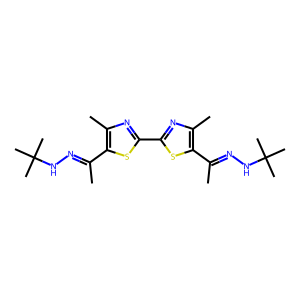
SMILES: CC(=NNC(C)(C)C)c1sc(-c2nc(C)c(C(C)=NNC(C)(C)C)s2)nc1C
Inhibits HIV replication: No